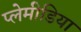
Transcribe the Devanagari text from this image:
प्लेमीडिया